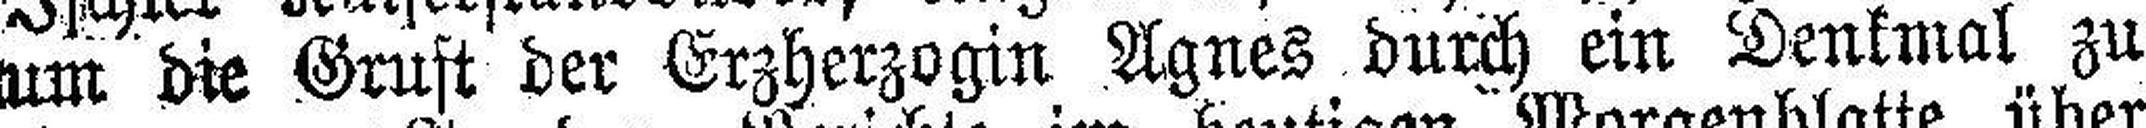
um die Gruft der Erzherzogin Agnes durch ein Denkmal zu